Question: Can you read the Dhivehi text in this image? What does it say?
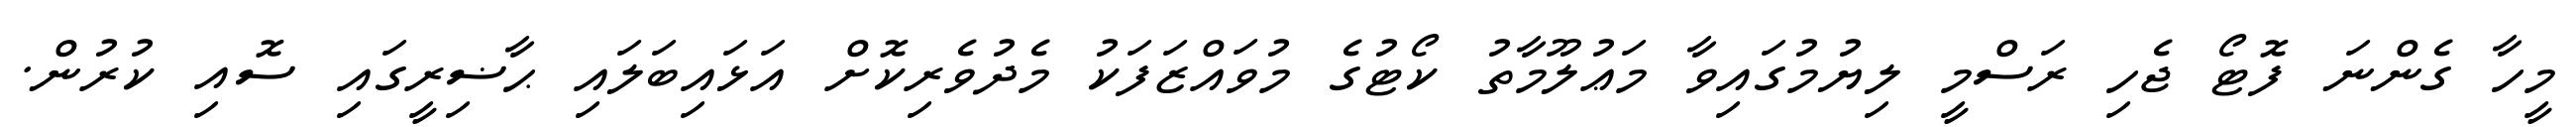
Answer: މީހާ ގެންނަ ފޮޓޯ ޖެހި ރަސްމީ ލިޔުމުގައިވާ މަޢުލޫމާތު ކޯޓުގެ މުވައްޒަފަކު މެދުވެރިކޮށް އަޅައިބަލައި ޙާޟިރީގައި ސޮއި ކުރުން.